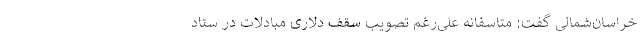
خراسان‌شمالی گفت: متاسفانه علی‌رغم تصویب سقف دلاری مبادلات در ستاد